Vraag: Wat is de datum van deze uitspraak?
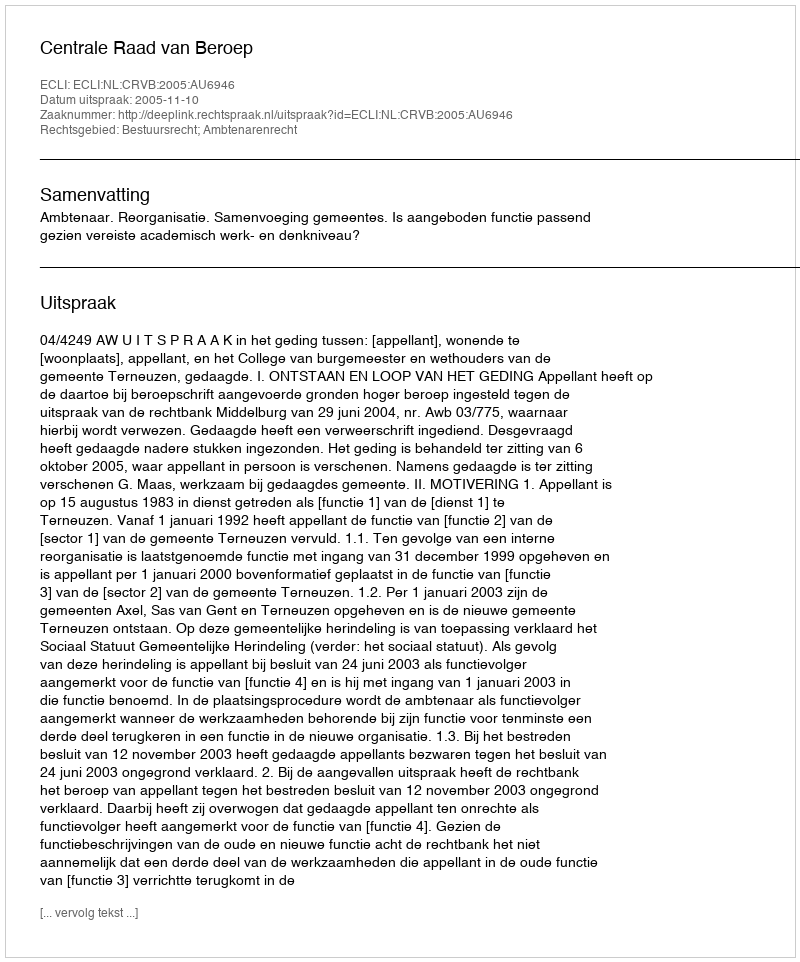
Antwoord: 2005-11-10